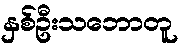
နှစ်ဦးသဘောတူ